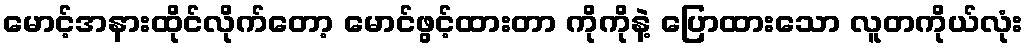
မောင့်အနားထိုင်လိုက်တော့ မောင်ဖွင့်ထားတာ ကိုကိုနဲ့ ပြောထားသော လူတကိုယ်လုံး